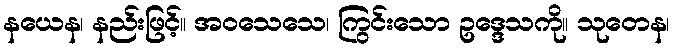
နယေန၊ နည်းဖြင့်။ အဝသေသေ၊ ကြွင်းသော ဥဒ္ဒေသကို။ သုတေန၊